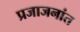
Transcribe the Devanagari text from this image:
प्रजाजनांत